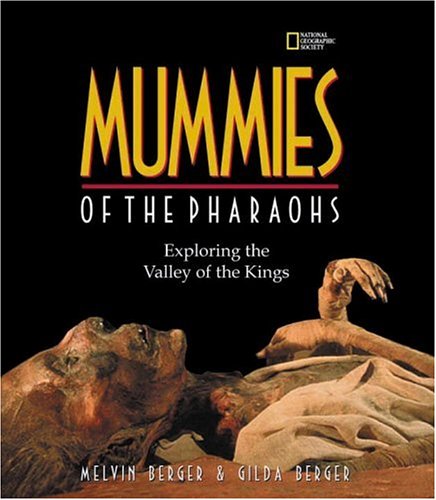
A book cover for Mummies of the Pharaohs: Exploring the Valley of the Kings; Melvin Berger; Children's Books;